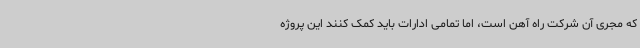
که مجری آن شرکت راه آهن است، اما تمامی ادارات باید کمک کنند این پروژه